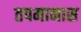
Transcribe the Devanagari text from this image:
तपमानास